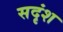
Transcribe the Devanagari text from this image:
सदृंश